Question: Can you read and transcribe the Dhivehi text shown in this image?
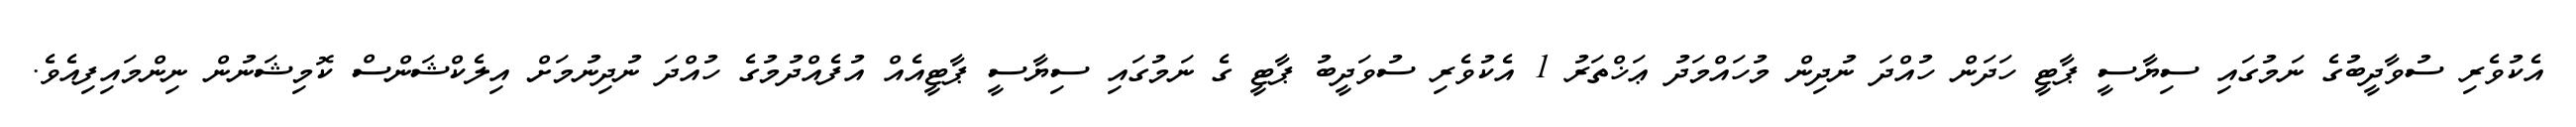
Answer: އެކުވެރި ސުވާދީބުގެ ނަމުގައި ސިޔާސީ ޕާޓީ ހަދަން ހުއްދަ ނުދިން މުހައްމަދު ޢަޚްތަރު 1 އެކުވެރި ސުވަދީބު ޕާޓީ ގެ ނަމުގައި ސިޔާސީ ޕާޓީއެއް އުފެއްދުމުގެ ހުއްދަ ނުދިނުމަށް އިލެކްޝަންސް ކޮމިޝަނުން ނިންމައިފިއެވެ.